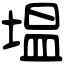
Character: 塭